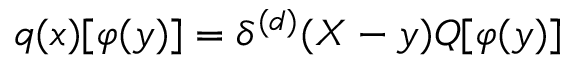
q ( x ) [ \varphi ( y ) ] = \delta ^ { ( d ) } ( X - y ) Q [ \varphi ( y ) ]